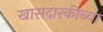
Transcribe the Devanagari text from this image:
खासदारकीच्या